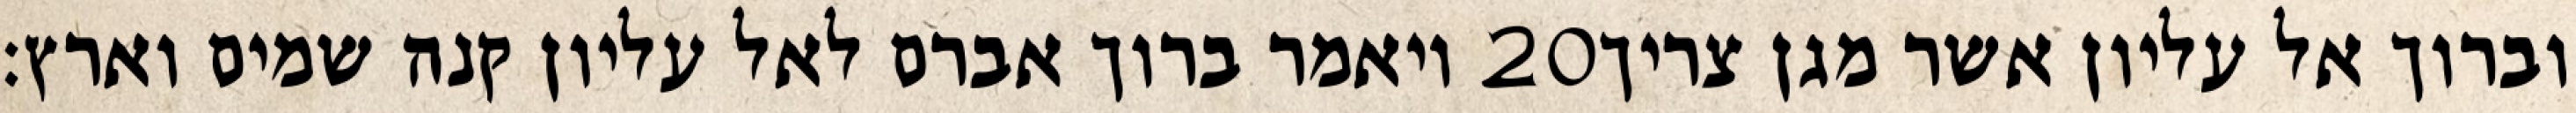
ויאמר ברוך אברם לאל עליון קנה שמים וארץ׃ ‎20‏ וברוך אל עליון אשר מגן צריך